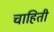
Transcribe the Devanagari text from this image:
चाहिती